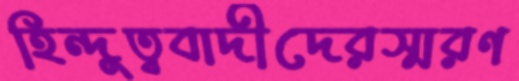
হিন্দুত্ববাদীদেরস্মরণ